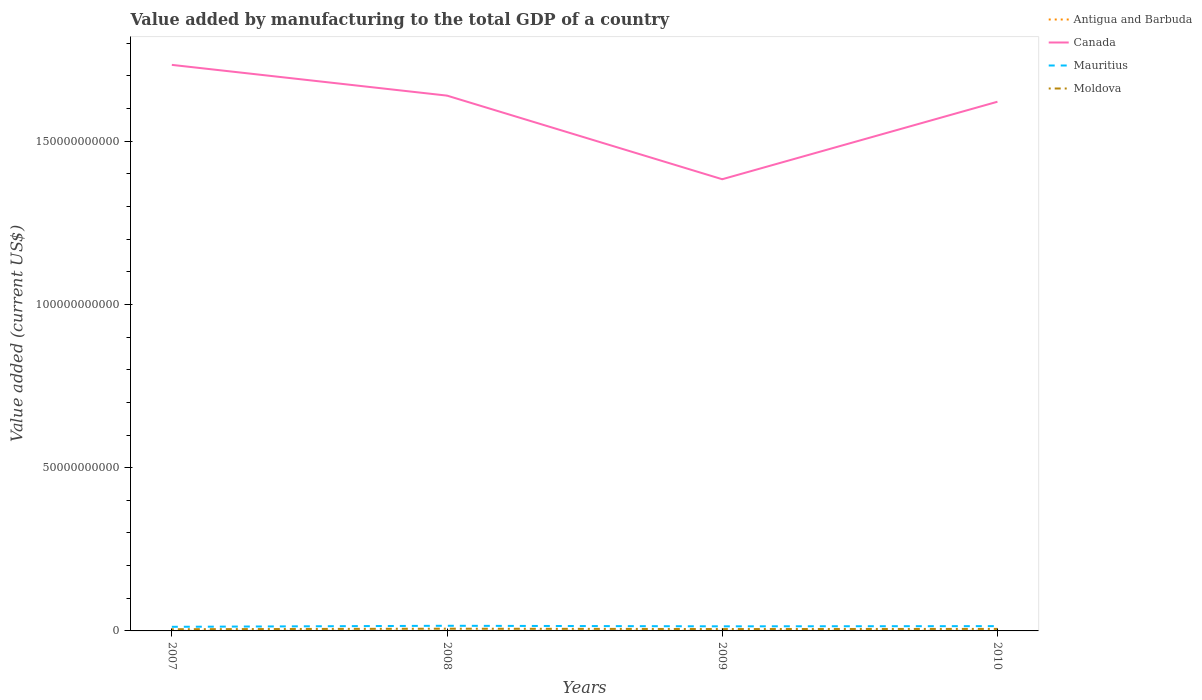
| Years | Antigua and Barbuda | Canada | Mauritius | Moldova |
 | --- | --- | --- | --- | --- |
 | 2007 | 2.22e+07 | 1.73e+11 | 1.26e+09 | 5.19e+08 |
 | 2008 | 2.18e+07 | 1.64e+11 | 1.58e+09 | 6.83e+08 |
 | 2009 | 2.53e+07 | 1.38e+11 | 1.41e+09 | 5.75e+08 |
 | 2010 | 2.48e+07 | 1.62e+11 | 1.47e+09 | 6.16e+08 |